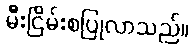
မီးငြိမ်းစပြုလာသည်။